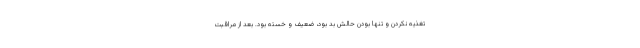
تغذیه نکردن و تنها بودن حالش بد بود، ضعیف و خسته بود. بعد از مراقبت